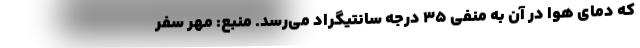
که دمای هوا در آن به منفی ۳۵ درجه سانتیگراد می‌رسد. منبع: مهر سفر